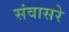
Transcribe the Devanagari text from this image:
संवासरे